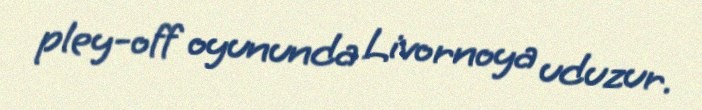
pley-off oyununda Livornoya uduzur.